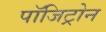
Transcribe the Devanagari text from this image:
पॉजिट्रोन